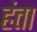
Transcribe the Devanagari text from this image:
हंता